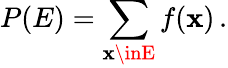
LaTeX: P(E)=\sum_{\mathbf{x}\inE}f(\mathbf{x})\, .